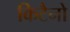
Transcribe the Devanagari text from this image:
किटैनो